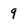
Character: 9